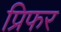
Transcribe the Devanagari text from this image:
प्रिफर